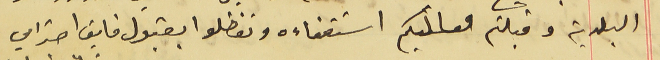
البلدية وقبلتم معاليكم استعفأه وتفضلوا بقبول فايق احترامي